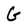
Character: G